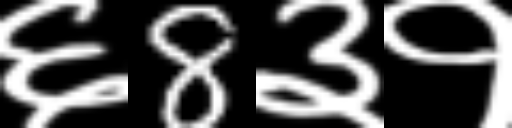
Text: ६8३१